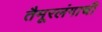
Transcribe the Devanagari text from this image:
तैमूरलंगाची